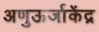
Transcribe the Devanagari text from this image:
अणुऊर्जाकेंद्र